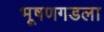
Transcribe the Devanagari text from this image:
भूषणगडला